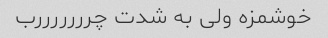
خوشمزه ولی به شدت چرررررررب